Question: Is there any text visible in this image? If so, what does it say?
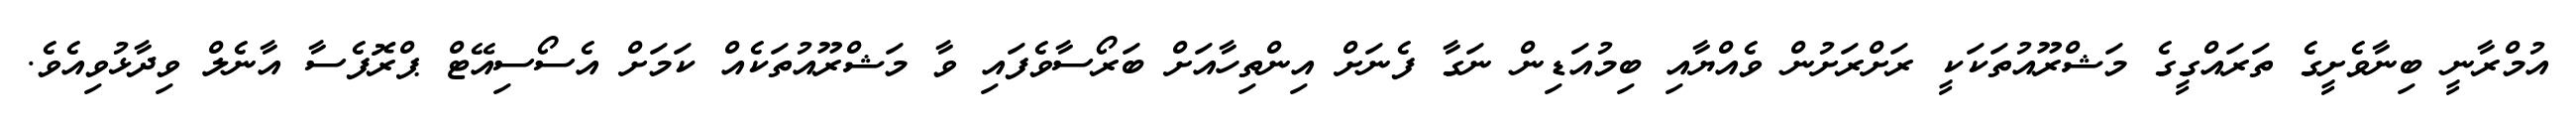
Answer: އުމްރާނީ ބިނާވެށީގެ ތަރައްގީގެ މަޝްރޫއުތަކަކީ ރަށްރަށުން ވެއްޔާއި ބިމުއަޑިން ނަގާ ފެނަށް އިންތިހާއަށް ބަރޯސާވެފައި ވާ މަޝްރޫއުތަކެއް ކަމަށް އެސޯސިއޭޓް ޕްރޮފެސާ އާނެލް ވިދާޅުވިއެވެ.